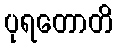
ပုရတောတိ